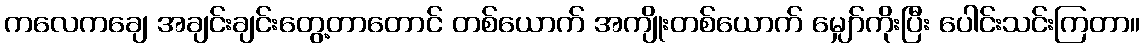
ကလေကချေ အချင်းချင်းတွေ့တာတောင် တစ်ယောက် အကျိုးတစ်ယောက် မျှော်ကိုးပြီး ပေါင်းသင်းကြတာ။